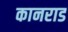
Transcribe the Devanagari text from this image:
कानराड